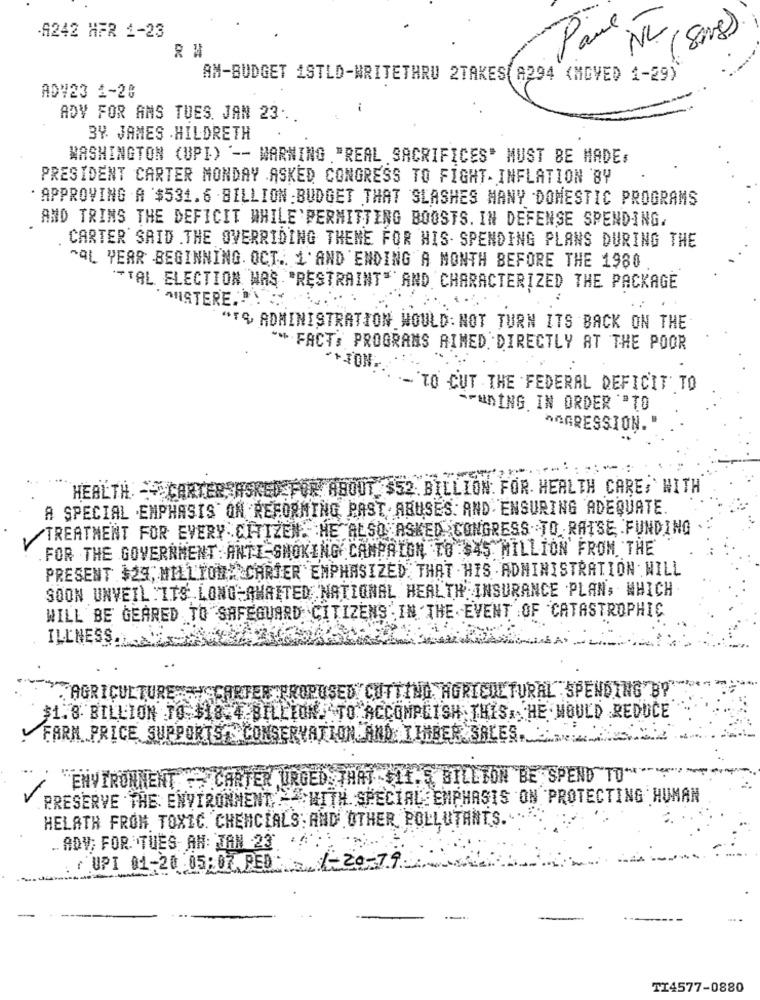
Paul
-A242 HFR 1-23
NY1 8MB)
AM-BUDGET ISTLD-WRITETHRU 2TAKES(A294 (MOVED 1-29)
ADV23 1-20
ADV FOR AMS TUES. JAN 23 ..
BY JAMES HILDRETH
WASHINGTON (UPI) ' -- WARNING "REAL SACRIFICES" MUST BE MADE,
PRESIDENT CARTER MONDAY ASKED CONGRESS TO FIGHT- INFLATION BY
APPROVING A $531.6 BILLION BUDGET THAT SLASHES MANY DOMESTIC PROGRAMS
AND TRINS THE DEFICIT WHILE'PERMITTING BOOSTS. IN DEFENSE SPENDING.
CARTER' SAID .THE OVERRIDING THEME FOR HIS- SPENDING PLANS DURING THE
^AL YEAR BEGINNING. OCT. 1'AND ENDING A MONTH BEFORE THE 1980
"TAL ELECTION WAS "RESTRAINT" AND CHARACTERIZED THE PACKAGE
MUSTERE.
"TO ADMINISTRATION WOULD: NOT TURN ITS BACK ON THE
** FACT, PROGRAMS AIMED DIRECTLY AT THE POOR
- TO CUT THE FEDERAL DEFICIT TO
SPUDING IN ORDER "TO
"AGRESSION. "
HEALTH. CARTER ASKED FOR ABOUT $52 BILLION. FOR HEALTH CARE, WITH
A SPECIAL EMPHASIS ON REFORMING PAST ABUSES. AND ENSURING ADEQUATE.
/TREATMENT FOR EVERY CITIZEN. HE ALSO ASKED CONGRESS TO RAISE FUNDING
FOR THE GOVERNMENT: ANTI-SMOKING CAMPAIGN TO $4S MILLION FROM THE
PRESENT $24, MILLTOM. CARTER EMPHASIZED THAT HIS ADMINISTRATION WILL
SOON UNVEIL :ITS LONG-AWAITED NATIONAL HEALTH INSURANCE PLAN, WHICH
WILL BE GEARED TO SAFEGUARD CITIZENS IN THE EVENT OF CATASTROPHIC
ILLNESS ..
AGRICULTURE SH CARTER PROPUSED CUTTING AGRICULTURAL SPENDING BY"
$1.8 BILLION TO $18.4 BILLION. TO ACCOMPLISH THIS. HE MOULD REDUCE
FARM PRICE SUPPORTS CONSERVATION AND TIMBER SALES.
"ENVIRONMENT " CARTER URGED THAT $11.5 BILLION BE SPEND"TO ***
PRESERVE THE ENVIRONMENT WITH SPECIAL EMPHASIS ON PROTECTING HUMAN
HELATH FROM TOXIC. CHENCIALS AND OTHER POLLUTANTS.
.. ADV; FOR TUES AN: JAN 23
UPI 01-20 05:07 PED:
1- 20-79
TI4577-0880